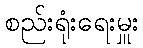
စည်းရုံးရေးမှူး